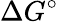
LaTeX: \Delta G^{\circ}